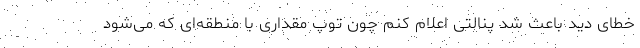
خطای دید باعث شد پنالتی اعلام کنم چون توپ مقداری با منطقه‌ای که می‌شود